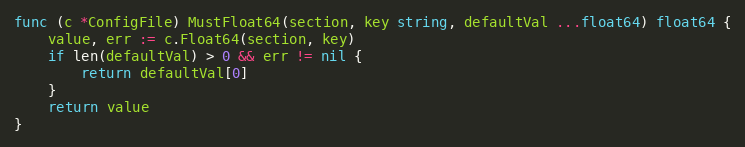
Language: Go
func (c *ConfigFile) MustFloat64(section, key string, defaultVal ...float64) float64 {
	value, err := c.Float64(section, key)
	if len(defaultVal) > 0 && err != nil {
		return defaultVal[0]
	}
	return value
}